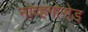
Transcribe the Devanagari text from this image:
नोव्हगोरोड